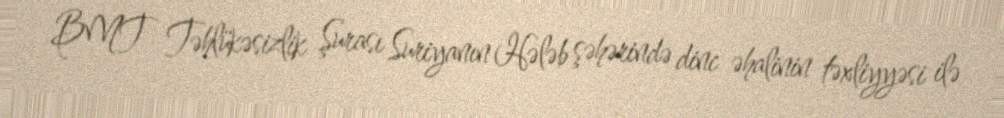
BMT Təhlükəsizlik Şurası Suriyanın Hələb şəhərində dinc əhalinin təxliyyəsi ilə